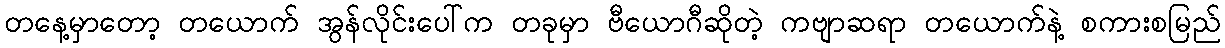
တနေ့မှာတော့ တယောက် အွန်လိုင်းပေါ်က တခုမှာ ဗီယောဂီဆိုတဲ့ ကဗျာဆရာ တယောက်နဲ့ စကားစမြည်